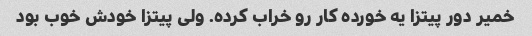
خمیر دور پیتزا یه خورده کار رو خراب کرده. ولی پیتزا خودش خوب بود